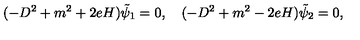
( - D ^ { 2 } + m ^ { 2 } + 2 e H ) \tilde { \psi } _ { 1 } = 0 , \quad ( - D ^ { 2 } + m ^ { 2 } - 2 e H ) \tilde { \psi } _ { 2 } = 0 ,